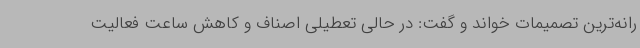
رانه‌ترین تصمیمات خواند و گفت: در حالی تعطیلی اصناف و کاهش ساعت فعالیت